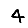
Digit: 4